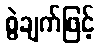
စွဲချက်ဖြင့်